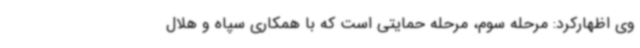
وی اظهارکرد: مرحله سوم، مرحله حمایتی است که با همکاری سپاه و هلال